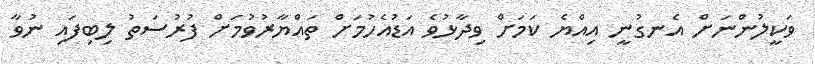
ވަކީލުންނަށް އެނގުނީ އިއްޔެ ކަމަށް ވިދާޅުވެ އަޑުއެހުމަށް ތައްޔާރުވުމަށް ފުރުސަތު ލިބިފައި ނުވާ